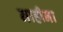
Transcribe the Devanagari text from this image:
नाहीना